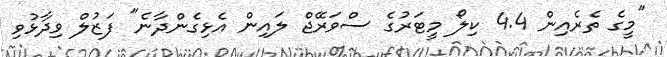
"މީގެ ތެރެއިން 4.4 ކިލޯ މީޓަރުގެ ސްވަރޭޖް ލައިން އެޅިގެންދާނެ" ފަޒުލް ވިދާޅުވި